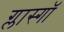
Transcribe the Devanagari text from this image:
ग्लास्गाॅ